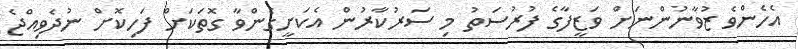
އެހެންވެ ޒުވާނުންނަށް ވަޒީފާގެ ފުރުސަތު މި ސަރުކާރުން އެކަށީގެންވާ ގޮތަކަށް ފަހިކޮށް ނުދެވިއްޖެ